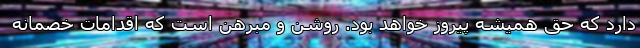
دارد که حق همیشه پیروز خواهد بود. روشن و مبرهن است که اقدامات خصمانه